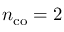
n _ { \mathrm { c o } } = 2